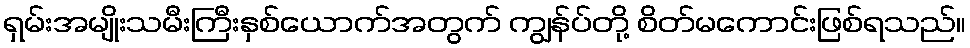
ရှမ်းအမျိုးသမီးကြီးနှစ်ယောက်အတွက် ကျွန်ပ်တို့ စိတ်မကောင်းဖြစ်ရသည်။